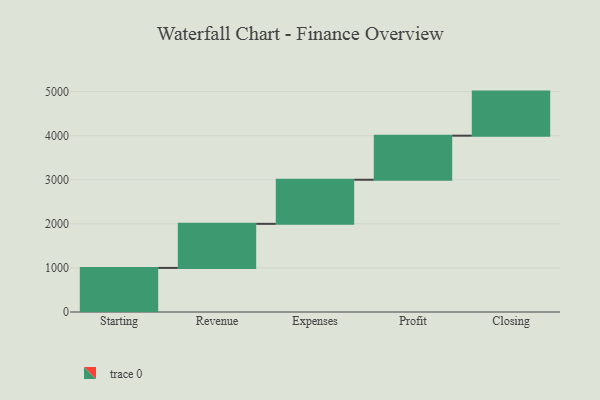
{"axis": {"x": "Step", "y": "Value"}, "legend": [""], "data": [{"x": "Starting", "y": 1000, "type": ""}, {"x": "Revenue", "y": 1000, "type": ""}, {"x": "Expenses", "y": 1000, "type": ""}, {"x": "Profit", "y": 1000, "type": ""}, {"x": "Closing", "y": 1000, "type": ""}]}